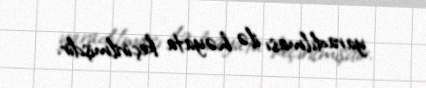
yaradılması ilə həyata keçirilmişdir.